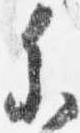
参